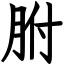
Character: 胕